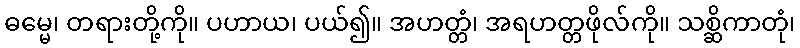
ဓမ္မေ၊ တရားတို့ကို။ ပဟာယ၊ ပယ်၍။ အဟတ္တံ၊ အရဟတ္တဖိုလ်ကို။ သစ္ဆိကာတုံ၊